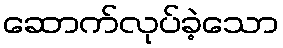
ဆောက်လုပ်ခဲ့သော